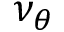
\nu _ { \theta }